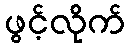
ဖွင့်လိုက်